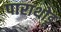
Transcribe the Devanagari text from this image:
पाराथोडू